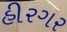
હીરગર